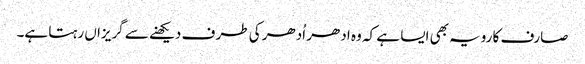
صارف کا رویہ بھی ایسا ہے کہ وہ ادھر اُدھر کی طر ف دیکھنے سے گریزاں رہتا ہے۔